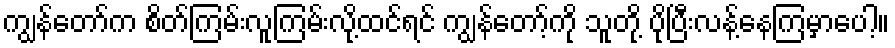
ကျွန်တော်က စိတ်ကြမ်းလူကြမ်းလို့ထင်ရင် ကျွန်တော့်ကို သူတို့ ပိုပြီးလန့်နေကြမှာပေါ့။